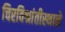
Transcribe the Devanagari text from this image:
चिरविश्रांतीस्थाने